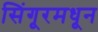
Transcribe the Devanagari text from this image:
सिंगूरमधून